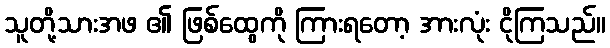
သူတို့သားအဖ ၏ ဖြစ်ထွေကို ကြားရတော့ အားလုံး ငိုကြသည်။